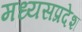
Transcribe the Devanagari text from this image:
मध्यसप्रदेश